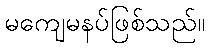
မကျေမနပ်ဖြစ်သည်။